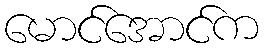
မောင်အောင်က